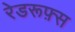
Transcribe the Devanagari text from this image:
रेडरूफ़्स